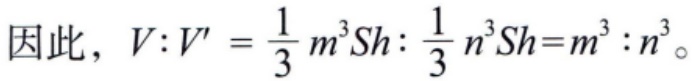
因此， \(V:V' = \frac{1}{3} m^{3}Sh:\frac{1}{3} n^{3}Sh = m^{3}:n^{3}\)。